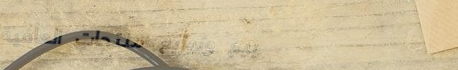
بيع وتوزيع منتجات العافية